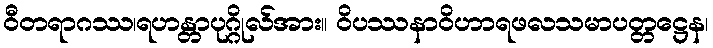
ဝီတရာဂဿ၊ရဟန္တာပုဂ္ဂိုလ်အား။ ဝိပဿနာဝိဟာရဖလသမာပတ္တဋ္ဌေန၊